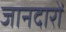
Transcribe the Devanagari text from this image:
जानदारों